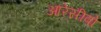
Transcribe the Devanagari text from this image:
आरेसीबो